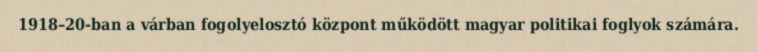
1918–20-ban a várban fogolyelosztó központ működött magyar politikai foglyok számára.